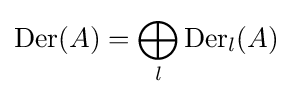
\operatorname {Der} (A)=\bigoplus _{l}\operatorname {Der} _{l}(A)